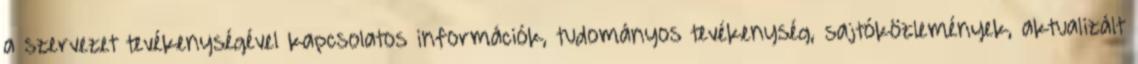
a szervezet tevékenységével kapcsolatos információk, tudományos tevékenység, sajtóközlemények, aktualizált